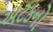
અટકનો